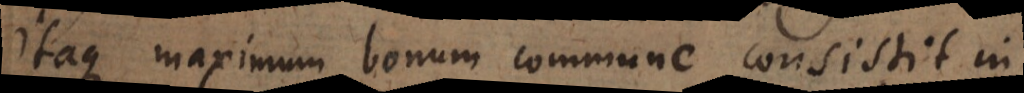
Itaque maximum bonum commune consistit in